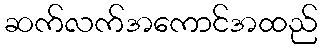
ဆက်လက်အကောင်အထည်